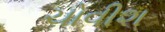
ચોવીશ